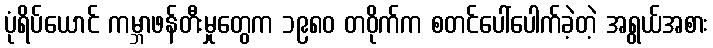
ပုံရိပ်ယောင် ကမ္ဘာဖန်တီးမှုတွေက ၁၉၈၀ တဝိုက်က စတင်ပေါ်ပေါက်ခဲ့တဲ့ အရွယ်အစား